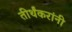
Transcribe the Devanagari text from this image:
तीर्थंकरांनी